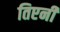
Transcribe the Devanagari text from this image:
तिएनी